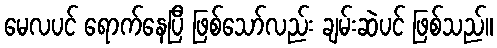
မေလပင် ရောက်နေပြီ ဖြစ်သော်လည်း ချမ်းဆဲပင် ဖြစ်သည်။